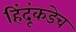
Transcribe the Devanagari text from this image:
हिंदूंकडेच